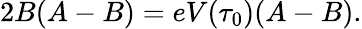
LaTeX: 2B(A-B)=eV(\tau_{0})(A-B).